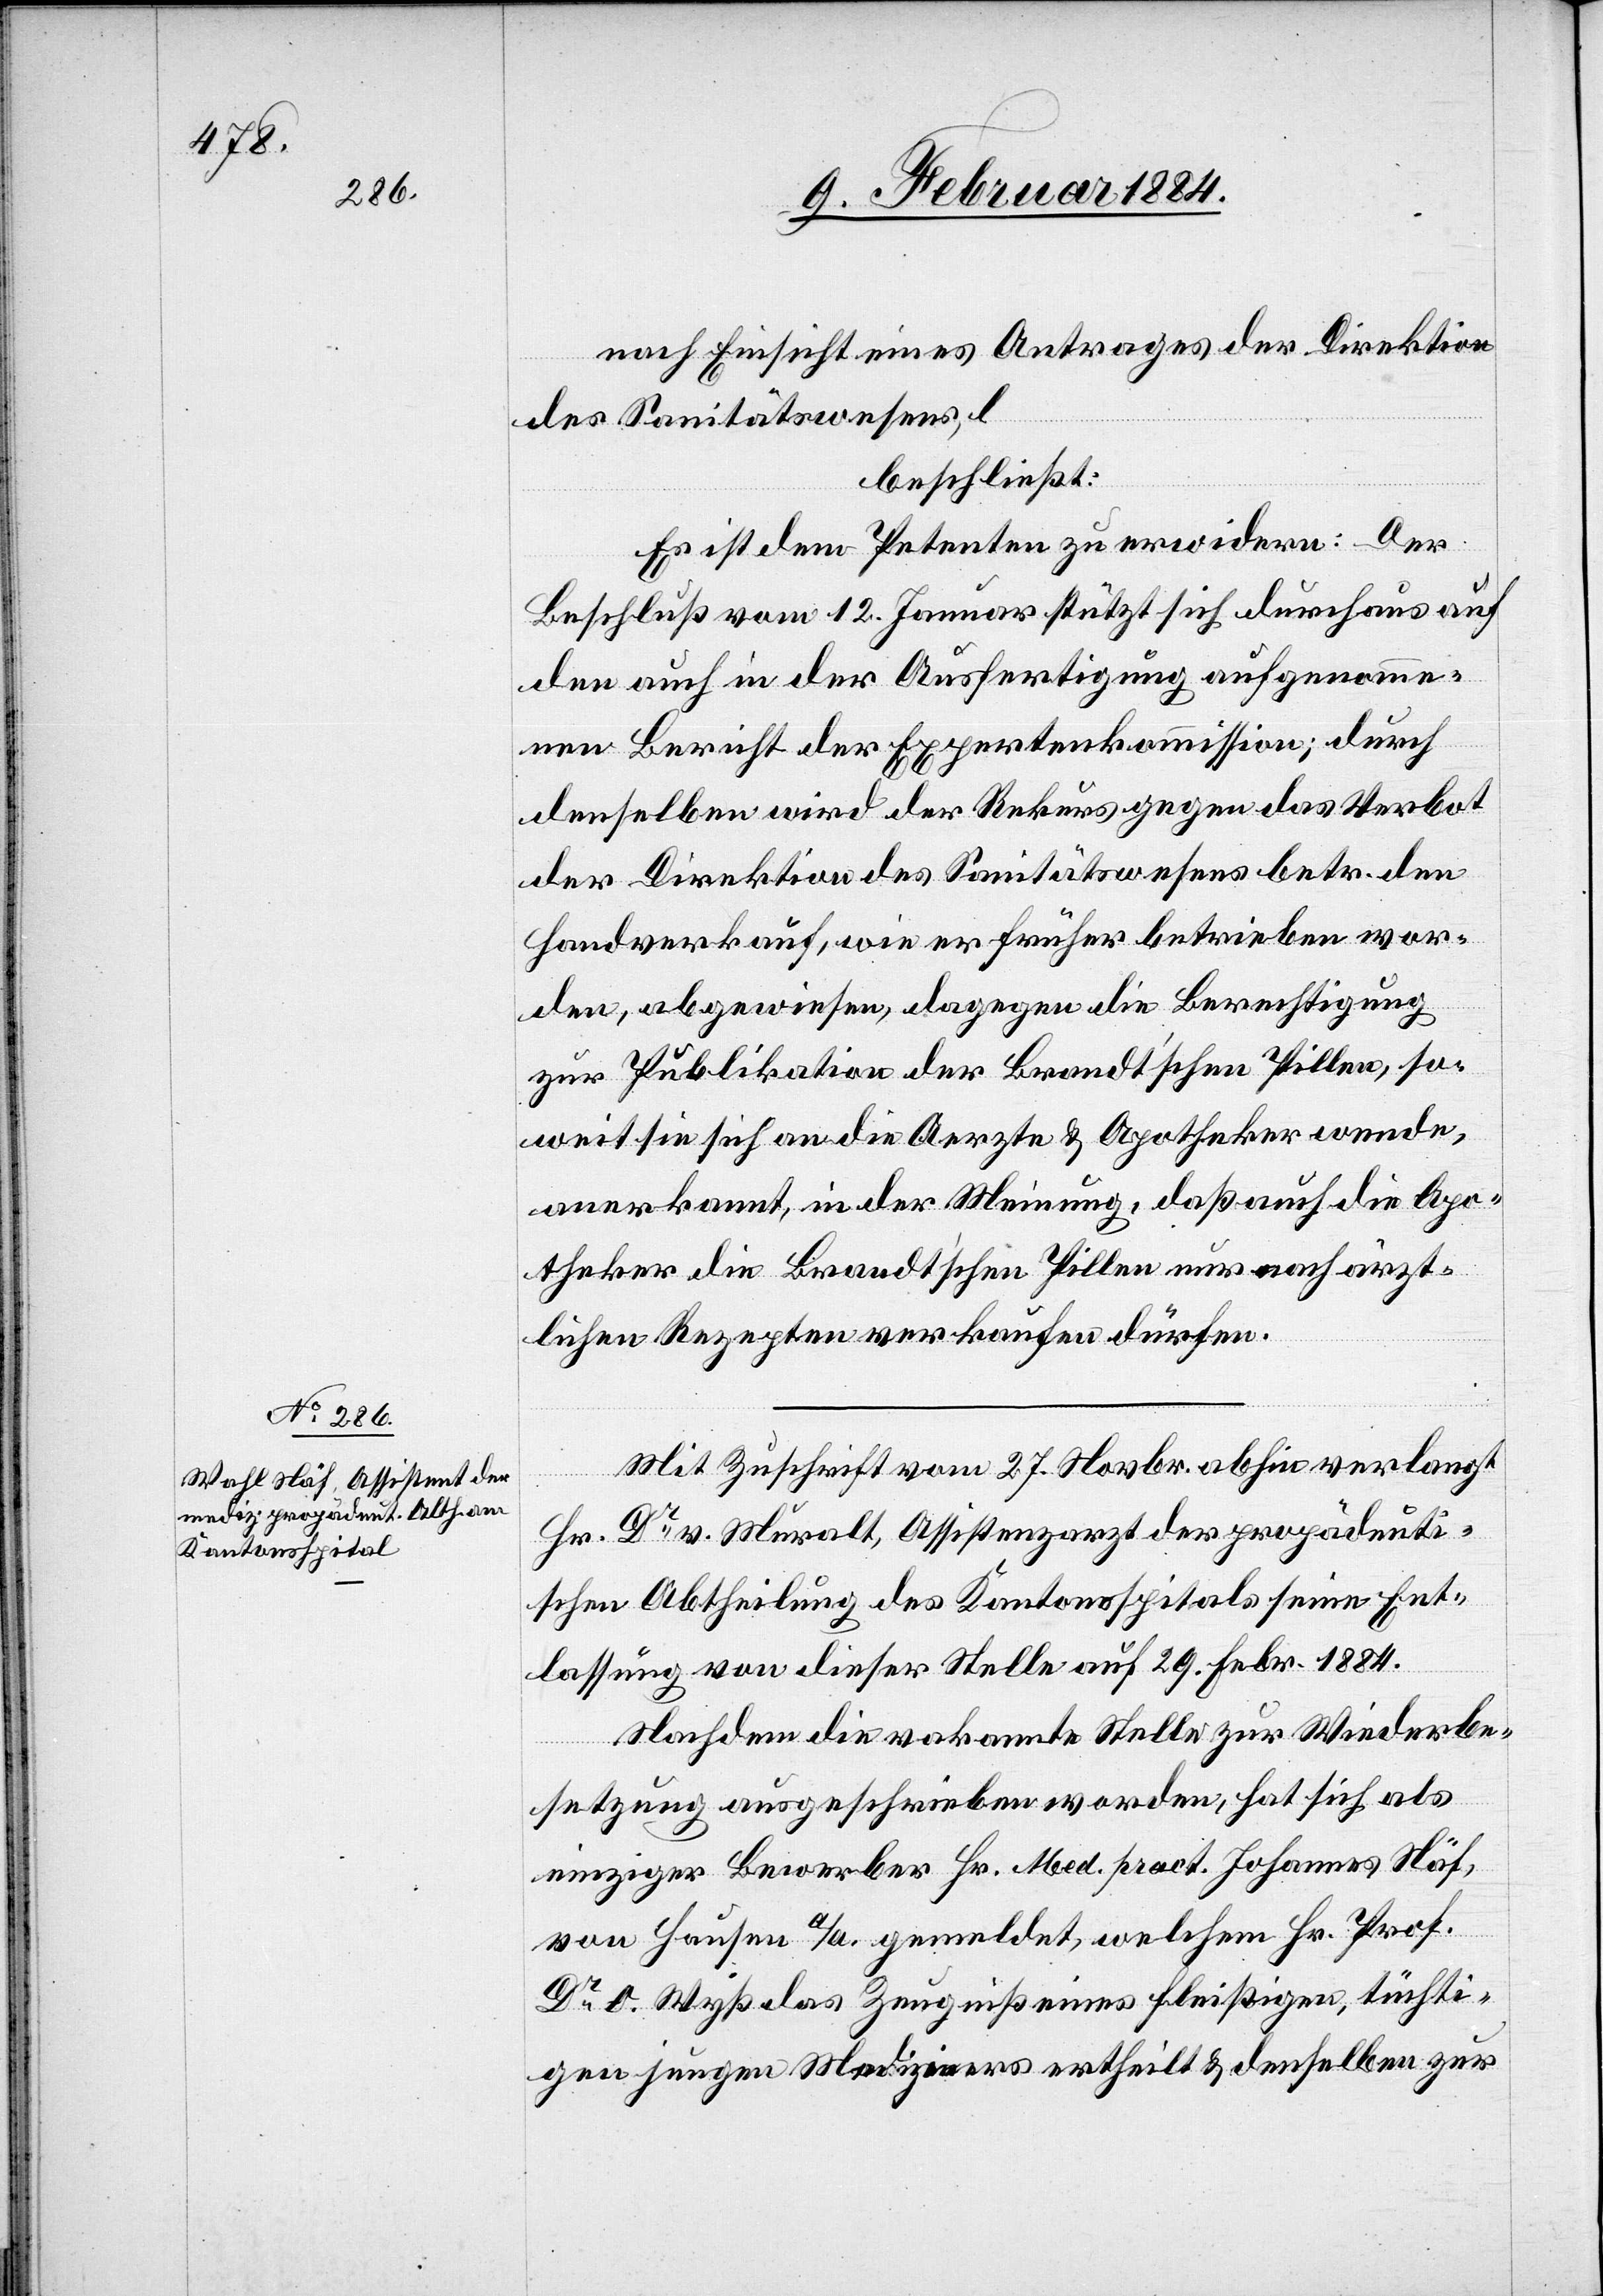
nach Einsicht eines Antrages der Direktion
des Sanitätswesens,
beschließt:
Es ist dem Petenten zu erwidern: Der
Beschluß vom 12. Januar stützt sich durchaus auf
den auch in der Ausfertigung aufgenomme¬
nen Bericht der Expertenkommission; durch
denselben wird der Rekurs gegen das Verbot
der Direktion des Sanitätswesens betr. den
Handverkauf, wie er früher betrieben wor¬
den, abgewiesen, dagegen die Berechtigung
zur Publikation der Brandt’schen Pillen, so¬
weit sie sich an der Aerzte & Apotheker wenden,
anerkannt, in der Meinung, daß auch die Apo¬
theker die Brandt’schen Pillen nur nach ärzt¬
lichen Rezepten verkaufen dürfen.
Mit Zuschrift vom 27. Novbr. abhin verlangt
Hr. Dr v. Muralt, Assistenzarzt der propädeuti¬
schen Abtheilung des Kantonsspitals seine Ent¬
lassung von dieser Stelle auf 29. Febr. 1884.
Nachdem die vakante Stelle zur Wiederbe¬
setzung ausgeschrieben worden, hat sich als
einziger Bewerber Hr. Med. pract. Johannes Näf,
von Hausen a/A. gemeldet, welchem Hr. Prof.
Dr O. Wyß das Zeugniß eines fleißigen, tüchti¬
gen jungen Mediziners ertheilt & denselben zur